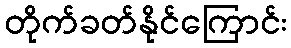
တိုက်ခတ်နိုင်ကြောင်း